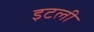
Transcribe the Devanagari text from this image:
इटली